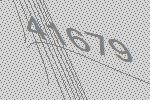
41679